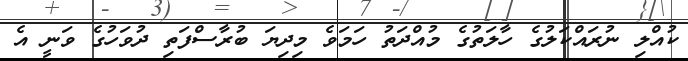
ކުއްލި ނުރައްކަލުގެ ހާލަތުގެ މުއްދަތު ހަމަވެ މިދިޔަ ބުރާސްފަތި ދުވަހުގެ ވަނީ އެ